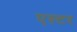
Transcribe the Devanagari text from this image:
एस्‍टर